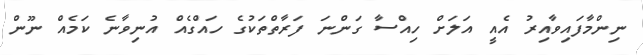
ނިންމާފައިވާއިރު އެއީ އަލަށް ހިއްސާ ގަންނަ ފަރާތްތަކުގެ ހައްގެއް އުނިވާނެ ކަމެއް ނޫންް